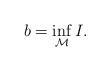
LaTeX: \begin{align*}b = \inf_{\mathcal M} I. \end{align*}